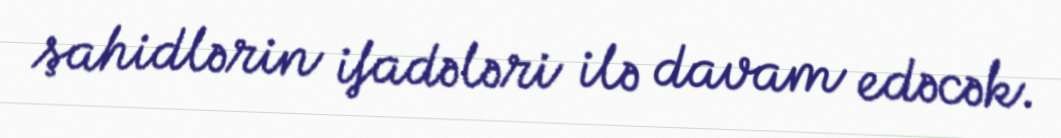
şahidlərin ifadələri ilə davam edəcək.